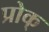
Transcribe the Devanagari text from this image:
प्रोक्